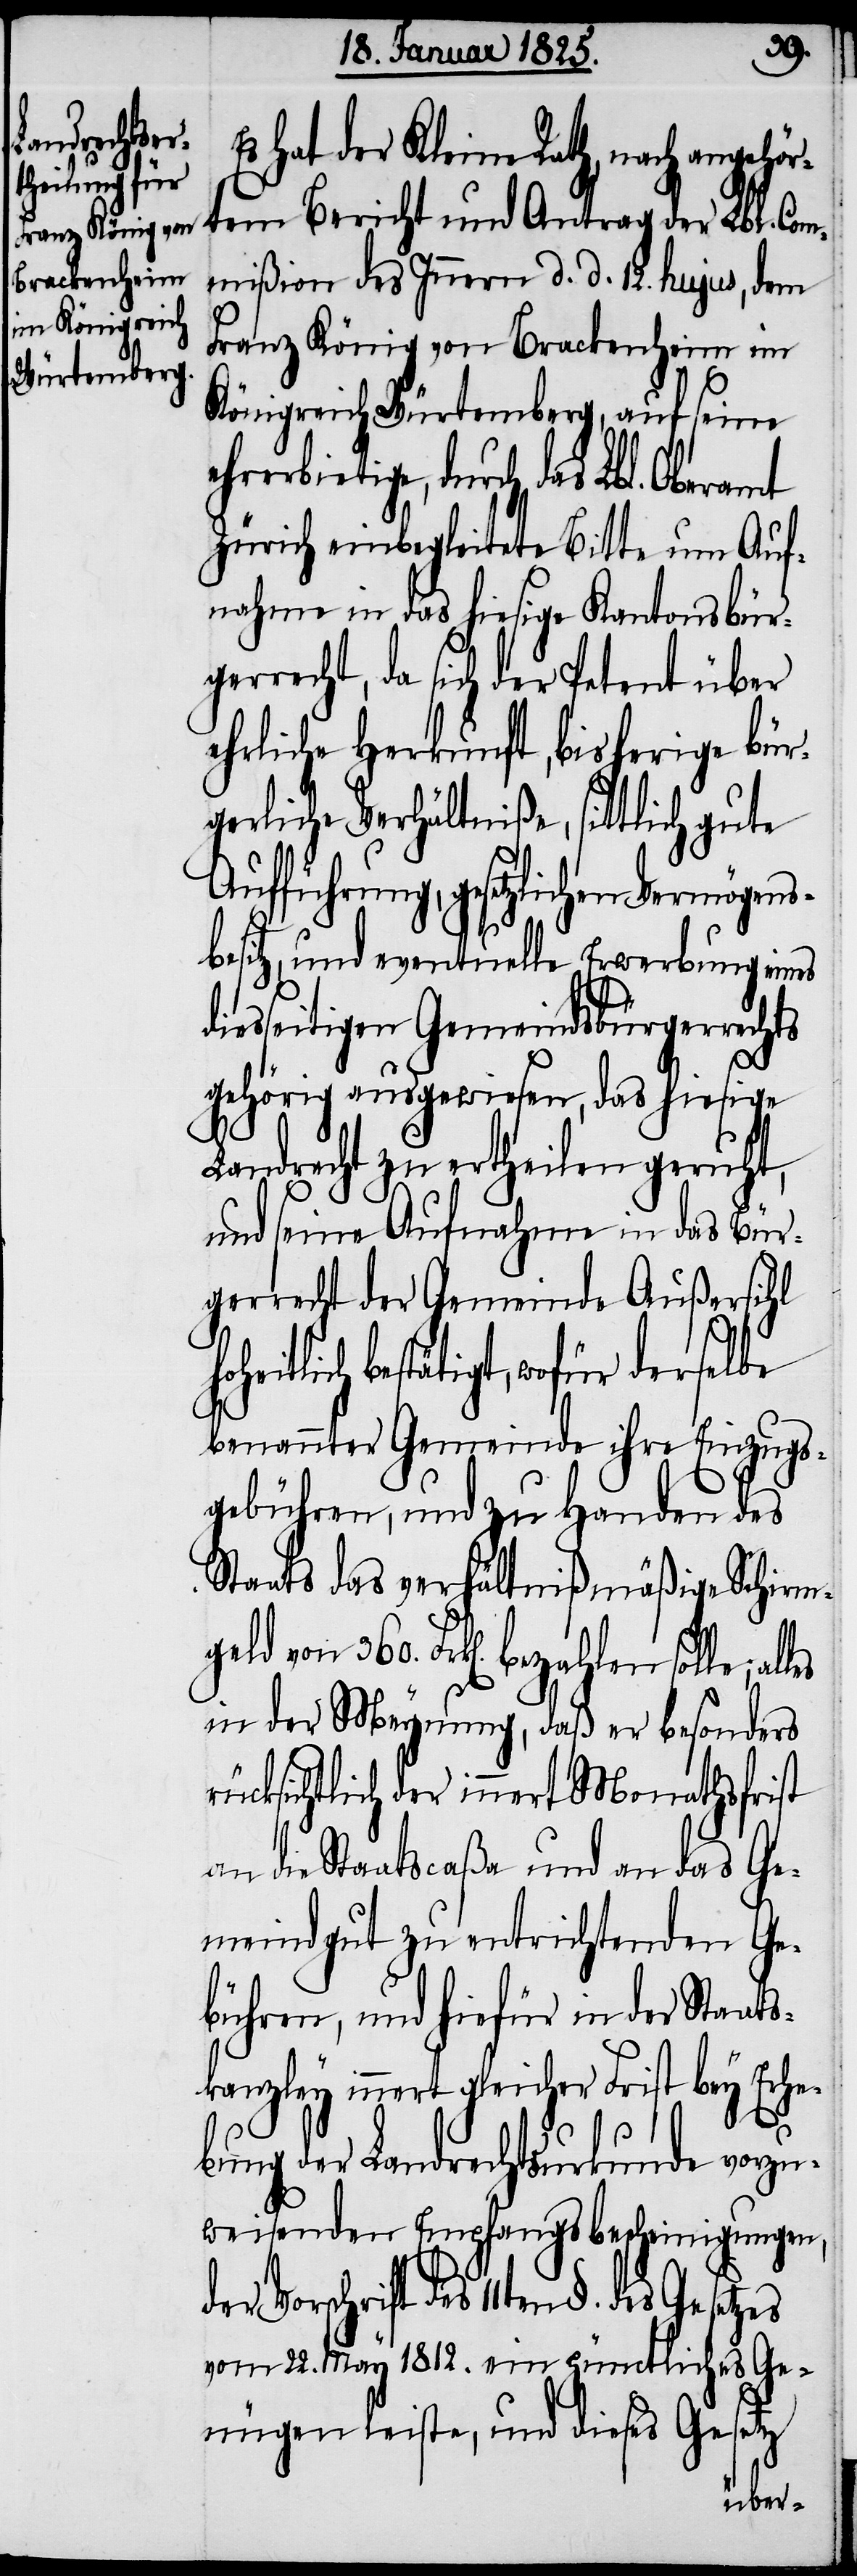
der Vorschr¬

d¬
Es hat der Kleine Rath, nach angehö¬
rtem Bericht und Antrag der Lbl. Com¬
mißion des Innern d. d. 12. hujus, dem
Franz König von Brackenheim im
Königreich Würtemberg, auf seine
ehrerbietige, durch das Lbl. Oberamt
Zürich einbegleitete Bitte um Auf¬
nahme in das hiesige Kantonsbür¬
gerrecht, da sich der Petent über
ehrliche Herkunft, bisherige bür¬
gerliche Verhältniße, sittlich gute
Aufführung, gesetzlichen Vermögens¬
besitz, und eventuelle Erwerbung eines
iesseitigen Gemeindsbürgerrechts
gehörig ausgewiesen, das hiesige
Landrecht zu ertheilen geruht,
und seine Aufnahme in das Bür¬
gerrecht der Gemeinde Außersihl
bestätigt, wofür derselbe
benannter Gemeinde ihre Einzugs¬
gebühren, und zu Handen des
Staats das verhältnißmäßige Schirm¬
ift des 11ten §. des Gesetzes
in der Meynung, daß er besonders
rücksichtlich der innert Monathsfrist
an die Staatscaßa und an das Ge¬
meindgut zu entrichtenden Ge¬
bühren, und hiefür in der Staats¬
kanzley innert gleicher Frist bey Erhe¬
bung der Landrechtsurkunde vorzu¬
weisenden Empfangsbescheinigungen,
vom 22. May 1812. ein pünctliches Ge¬
nügen leiste, und dieses Gesetz